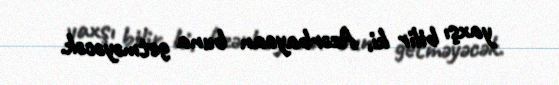
yaxşı bilir ki, Azərbaycan buna getməyəcək.